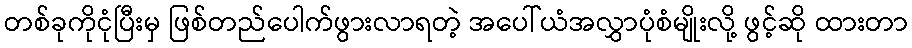
တစ်ခုကိုငုံပြီးမှ ဖြစ်တည်ပေါက်ဖွားလာရတဲ့ အပေါ်ယံအလွှာပုံစံမျိုးလို့ ဖွင့်ဆို ထားတာ